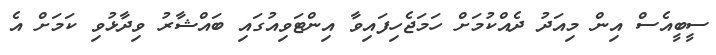
ސީބީއެސް އިން މިއަދު ދެއްކުމަށް ހަމަޖެހިފައިވާ އިންޓަވިއުގައި ބައްޝާރު ވިދާޅުވި ކަމަށް އެ